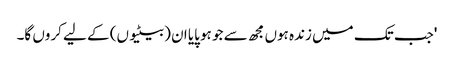
'جب تک میں زندہ ہوں مجھ سے جو ہو پایا ان (بیٹیوں) کے لیے کروں گا۔